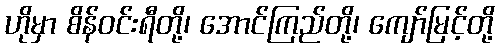
ဟိုမှာ စိန်ဝင်းရီတို့၊ အောင်ကြည်တို့၊ ကျော်မြင့်တို့